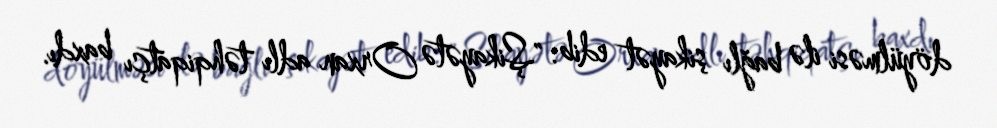
döyülməsi ilə bağlı şikayət edib: "Şikayətə Orxan adlı təhqiqatçı baxdı.